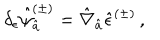
\delta _ { \epsilon } \hat { \psi } _ { \hat { a } } ^ { ( \pm ) } = \hat { \nabla } _ { \hat { a } } \hat { \epsilon } ^ { ( \pm ) } \, ,